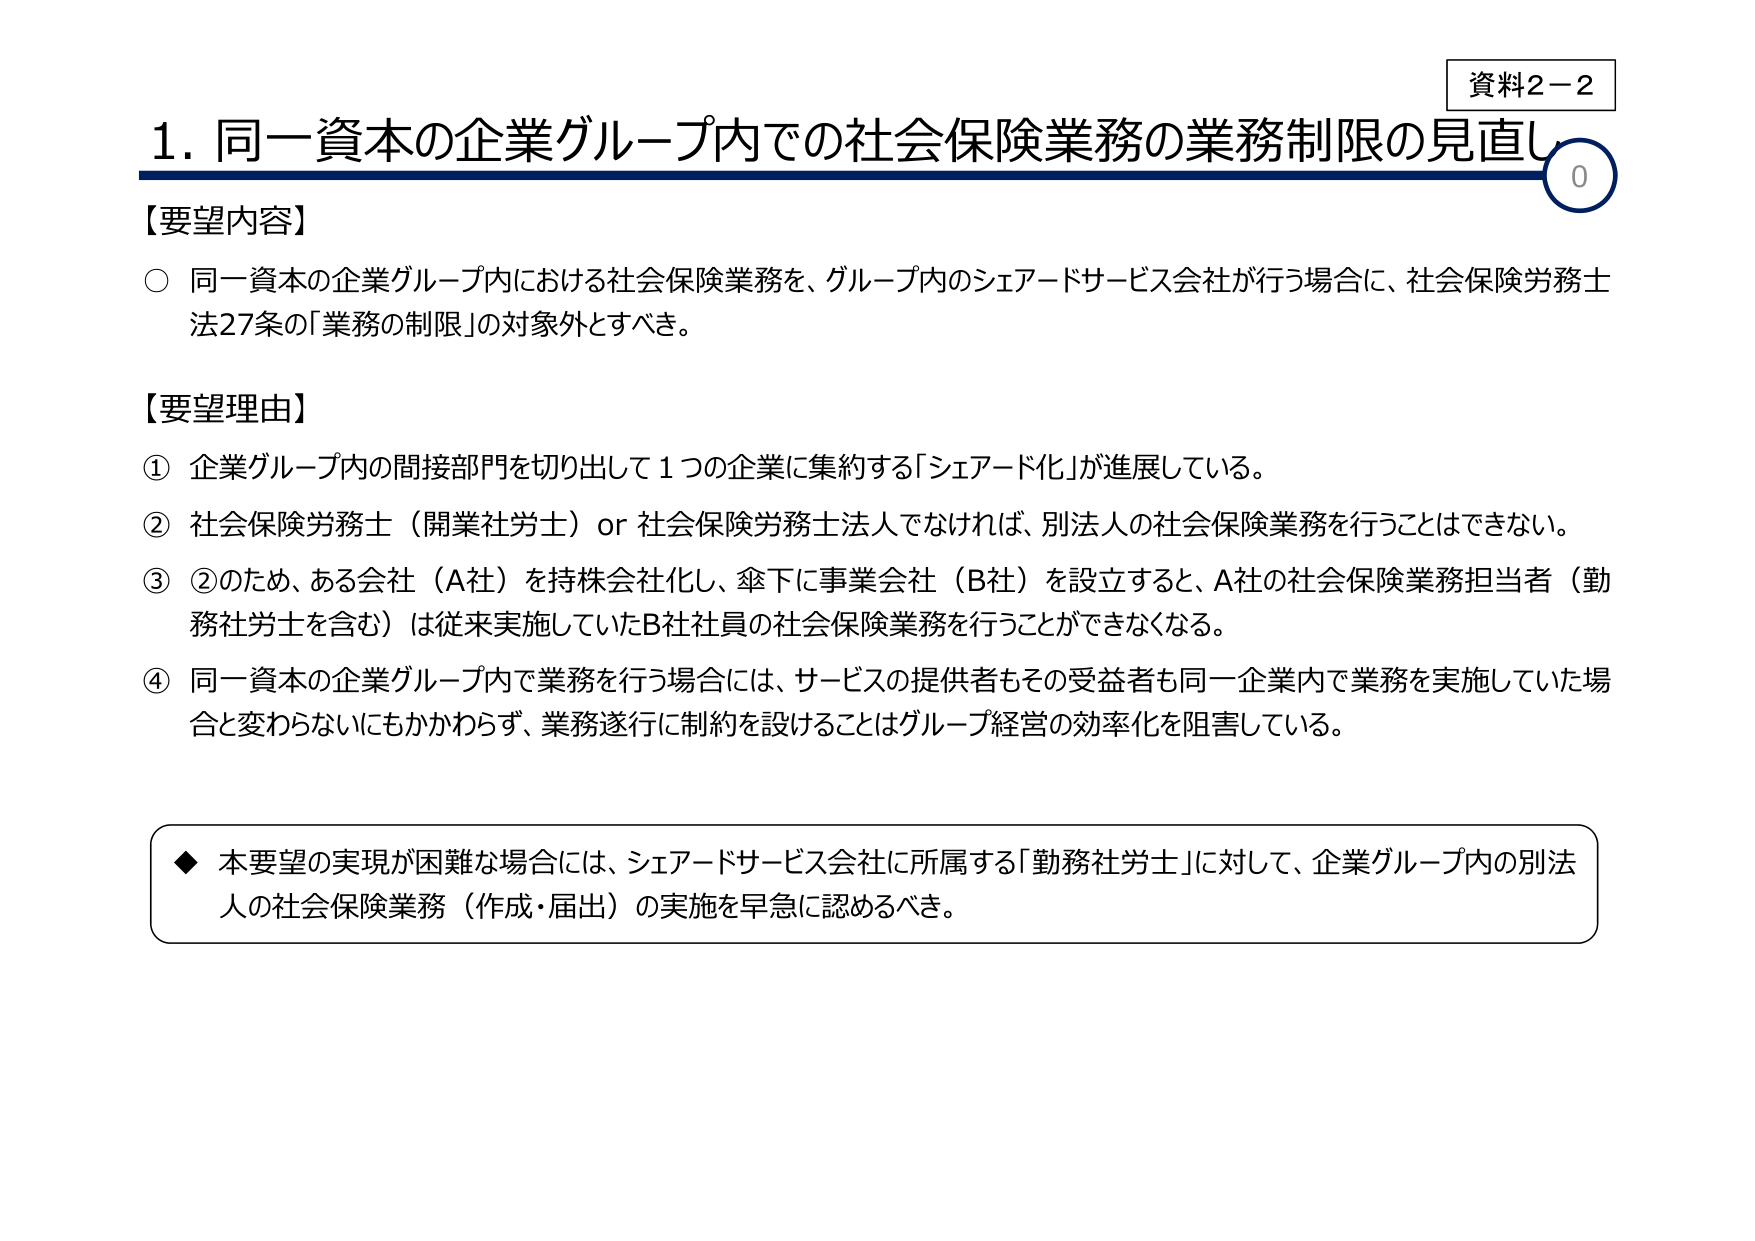
資料2－2
1. 同一資本の企業グループ内での社会保険業務の業務制限の見直し
【要望内容】
○ 同一資本の企業グループ内における社会保険業務を、グループ内のシェアードサービス会社が行う場合に、社会保険労務士法27条の「業務の制限」の対象外とすべき。

【要望理由】
① 企業グループ内の間接部門を切り出して1つの企業に集約する「シェアード化」が進展している。
② 社会保険労務士（開業社労士）or 社会保険労務士法人でなければ、別法人の社会保険業務を行うことはできない。
③ ②のため、ある会社（A社）を持株会社化し、傘下に事業会社（B社）を設立すると、A社の社会保険業務担当者（勤務社労士を含む）は従来実施していたB社社員の社会保険業務を行うことができなくなる。
④ 同一資本の企業グループ内で業務を行う場合には、サービスの提供者もその受益者も同一企業内で業務を実施していた場合と変わらないにもかかわらず、業務遂行に制約を設けることはグループ経営の効率化を阻害している。

◆ 本要望の実現が困難な場合には、シェアードサービス会社に所属する「勤務社労士」に対して、企業グループ内の別法人の社会保険業務（作成・届出）の実施を早急に認めるべき。